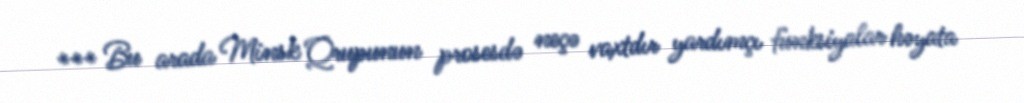
*** Bu arada Minsk Qrupunun prosesdə neçə vaxtdır yardımçı funksiyalar həyata